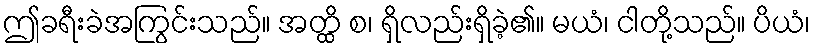
ဤခရီးခဲအကြွင်းသည်။ အတ္ထိ စ၊ ရှိလည်းရှိခဲ့၏။ မယံ၊ ငါတို့သည်။ ပိယံ၊